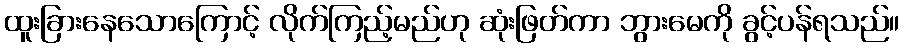
ထူးခြားနေသောကြောင့် လိုက်ကြည့်မည်ဟု ဆုံးဖြတ်ကာ ဘွားမေကို ခွင့်ပန်ရသည်။